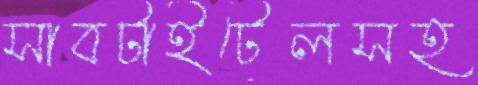
সাবটাইটেলসহ